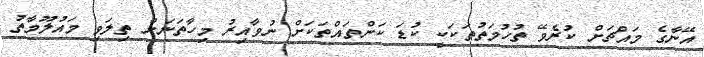
އޭނާގެ މައްޗަށް ކުރެވޭ ތުހުމަތުތަކަކީ ކުޑަ ކަންތައްތަކަށް ނުވާއިރު މިހާތަނަށް ތިލަވި މައުލޫމާތު